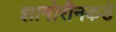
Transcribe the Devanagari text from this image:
झामोरीनकडे